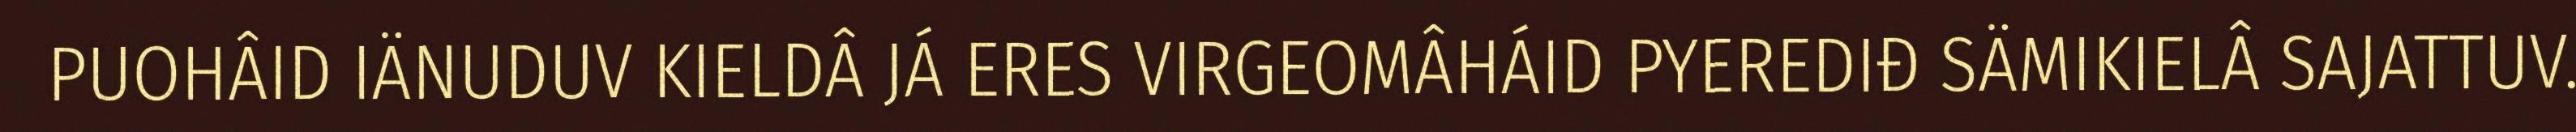
PUOHÂID IÄNUDUV KIELDÂ JÁ ERES VIRGEOMÂHÁID PYEREDIĐ SÄMIKIELÂ SAJATTUV.